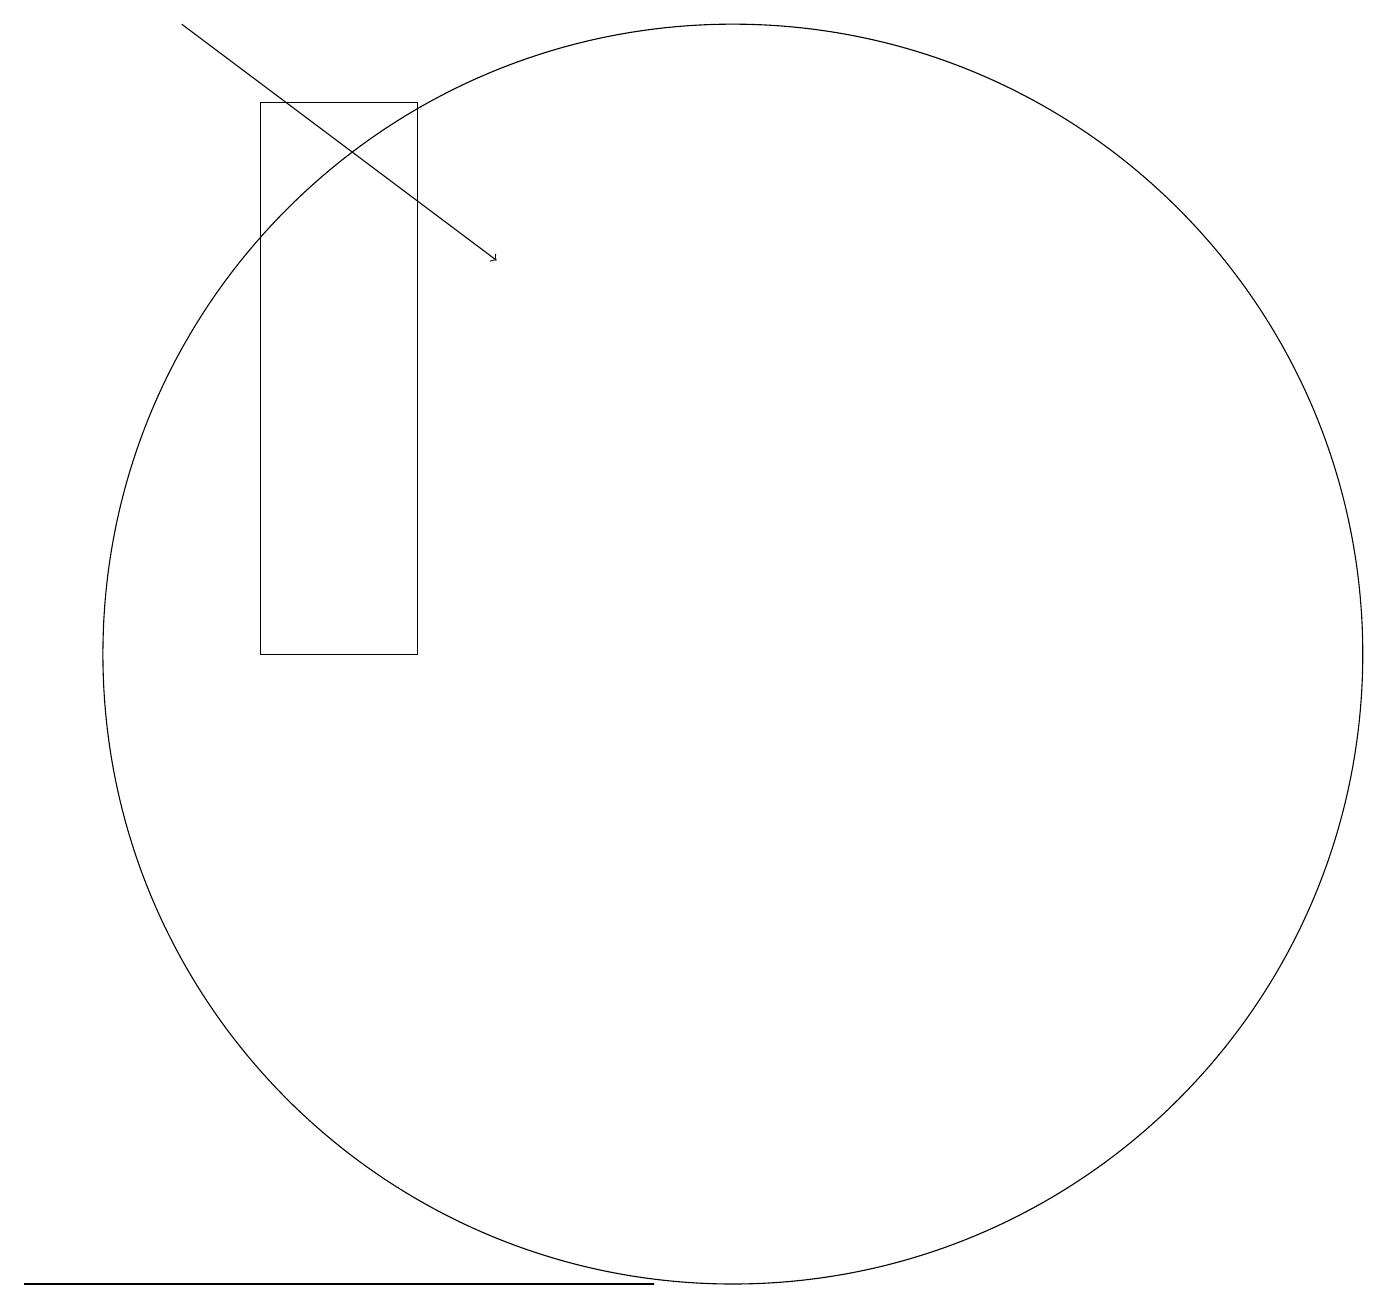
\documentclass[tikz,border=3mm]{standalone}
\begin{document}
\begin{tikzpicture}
\draw (4,3) -- (1,3) -- (9,3) -- cycle;
\draw (10,11) circle (8);
\draw[->] (3,19) -- (7,16);
\draw (6,11) rectangle (4,18);
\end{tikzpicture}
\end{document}